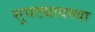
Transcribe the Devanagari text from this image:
सुघट्यावस्था